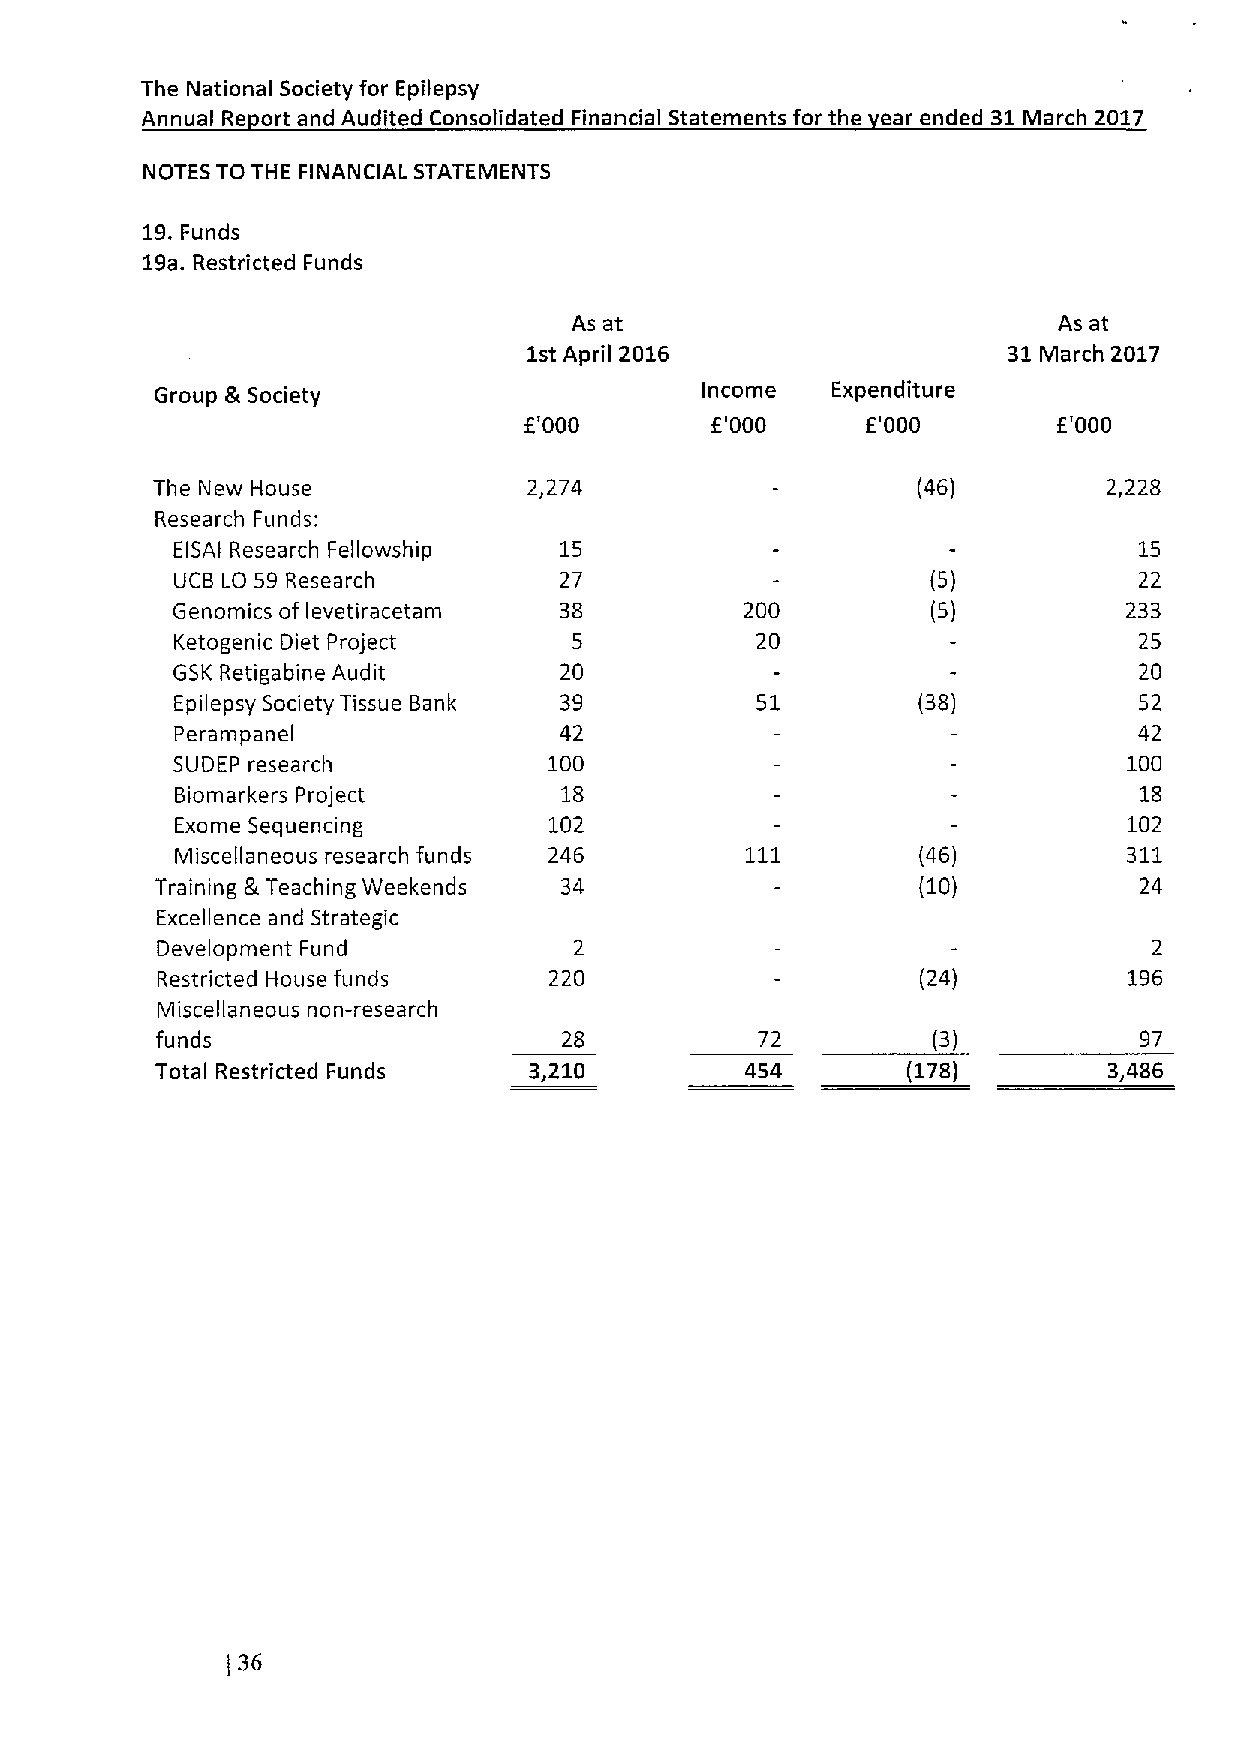
The National Society for Epilepsy
 Annual Re ort and Audited Consolidated Financial Statements for the ear ended 31March 2017
 NOTES TO THE FINANCIAL STATEMENTS
 19.Funds
 19a.Restricted Funds
 As at                           As at
 1st April 2016                  31March 2017
 Group &Society                      Income   Expenditure
 E'000        '000     E'000        E'000
 F.
 The New House            2,274                     (46)        2,228
 Research Funds;
 EISAI Research Fellowship 15                                    15
 UCB LO 59 Research       27                       (5)          22
 Genomics of levetiracetam 38          200          (5)          233
 Ketogenic Diet Project    5           20                       25
 GSK Retigabine Audit      20                                    20
 Epilepsy Society Tissue Bank 39       51         (38)          52
 Perampanel               42                                    42
 SUDEP research           100                                    100
 Biomarkers Project       18                                    18
 Exome Sequencing        102                                    102
 Miscellaneous research funds 246                 (46)          311
 Training S.Teaching Weekends 34                    (10)          24
 Excellence and Strategic
 Development Fund            2                                     2
 Restricted House funds    220                      (24)          196
 Miscellaneous non-research
 funds                      28           72          (3)          97
 Total Restricted Funds   3,210         454        (178)        3,486
 (36